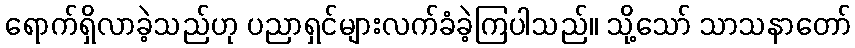
ရောက်ရှိလာခဲ့သည်ဟု ပညာရှင်များလက်ခံခဲ့ကြပါသည်။ သို့သော် သာသနာတော်